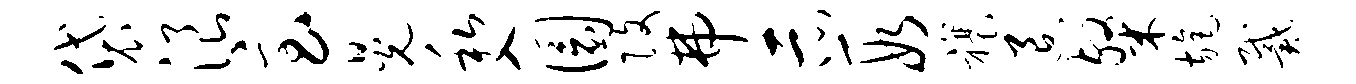
袋浪急晃私入圜改弗示段禳退粲旄戴